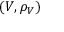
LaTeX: ( V , \rho _ { V } )